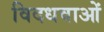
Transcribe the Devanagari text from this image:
विदधवाओं